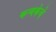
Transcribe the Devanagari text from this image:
कन्यकेचे